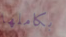
بكاملها